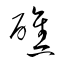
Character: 礁